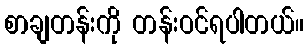
စာချတန်းကို တန်းဝင်ရပါတယ်။